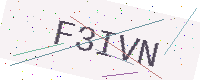
Text: F3IVN